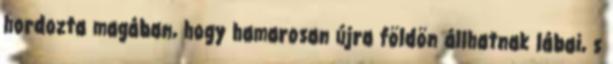
hordozta magában, hogy hamarosan újra földön állhatnak lábai, s